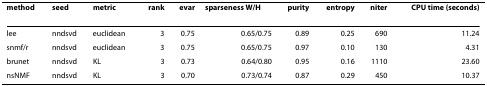
| method | seed | metric | rank | evar | sparseness W/H | purity | entropy | niter | CPU time (seconds) |
 | --- | --- | --- | --- | --- | --- | --- | --- | --- | --- |
 | lee | nndsvd | euclidean | 3 | 0.75 | 0.65/0.75 | 0.89 | 0.25 | 690 | 11.24 |
 | snmf/r | nndsvd | euclidean | 3 | 0.75 | 0.65/0.75 | 0.97 | 0.10 | 130 | 4.31 |
 | brunet | nndsvd | KL | 3 | 0.73 | 0.64/0.80 | 0.95 | 0.16 | 1110 | 23.60 |
 | nsNMF | nndsvd | KL | 3 | 0.70 | 0.73/0.74 | 0.87 | 0.29 | 450 | 10.37 |